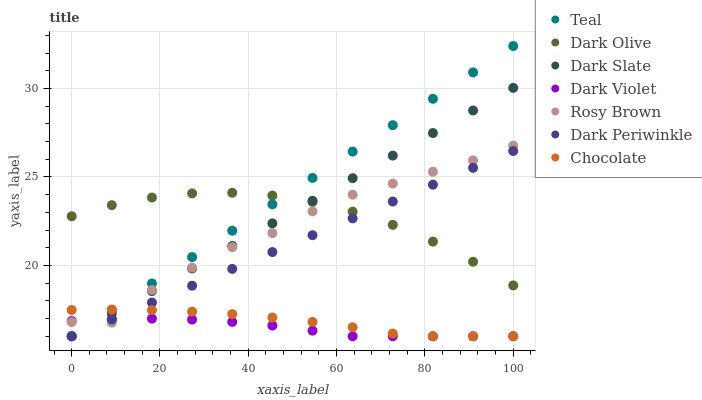
| xaxis_label | Teal | Dark Olive | Dark Slate | Dark Violet | Rosy Brown | Dark Periwinkle | Chocolate |
 | --- | --- | --- | --- | --- | --- | --- | --- |
 | 0 | 16 | 22.8 | 16 | 16.9 | 16.8 | 16 | 17.5 |
 | 9.09 | 17.5 | 23.4 | 17.3 | 17 | 16.8 | 17 | 17.5 |
 | 18.2 | 19 | 23.8 | 18.6 | 17 | 18.6 | 17.9 | 17.5 |
 | 27.3 | 20.5 | 24.1 | 19.8 | 16.9 | 19.9 | 18.9 | 17.4 |
 | 36.4 | 22 | 24.1 | 21.1 | 16.8 | 21 | 19.8 | 17.3 |
 | 45.5 | 23.5 | 24 | 22.4 | 16.6 | 21.8 | 20.8 | 17.1 |
 | 54.5 | 24.9 | 23.6 | 23.7 | 16.3 | 23.1 | 21.7 | 16.8 |
 | 63.6 | 26.4 | 23 | 24.9 | 16 | 24 | 22.7 | 16.5 |
 | 72.7 | 27.9 | 22.3 | 26.2 | 16 | 24.6 | 23.6 | 16.2 |
 | 81.8 | 29.4 | 21.4 | 27.5 | 16 | 25.3 | 24.6 | 16 |
 | 90.9 | 30.9 | 20.2 | 28.8 | 16 | 25.9 | 25.5 | 16 |
 | 100 | 32.4 | 18.9 | 30 | 16 | 26.8 | 26.5 | 16 |